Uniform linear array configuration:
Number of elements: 8
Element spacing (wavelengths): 0.75
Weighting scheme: hamming
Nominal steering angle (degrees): -15
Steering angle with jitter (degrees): -16.737
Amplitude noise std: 0.05
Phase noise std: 0.05

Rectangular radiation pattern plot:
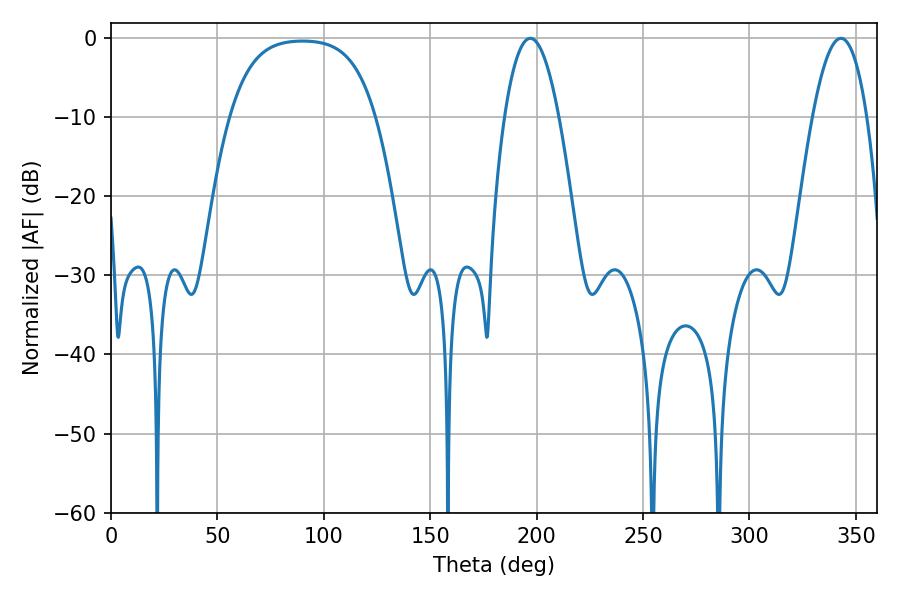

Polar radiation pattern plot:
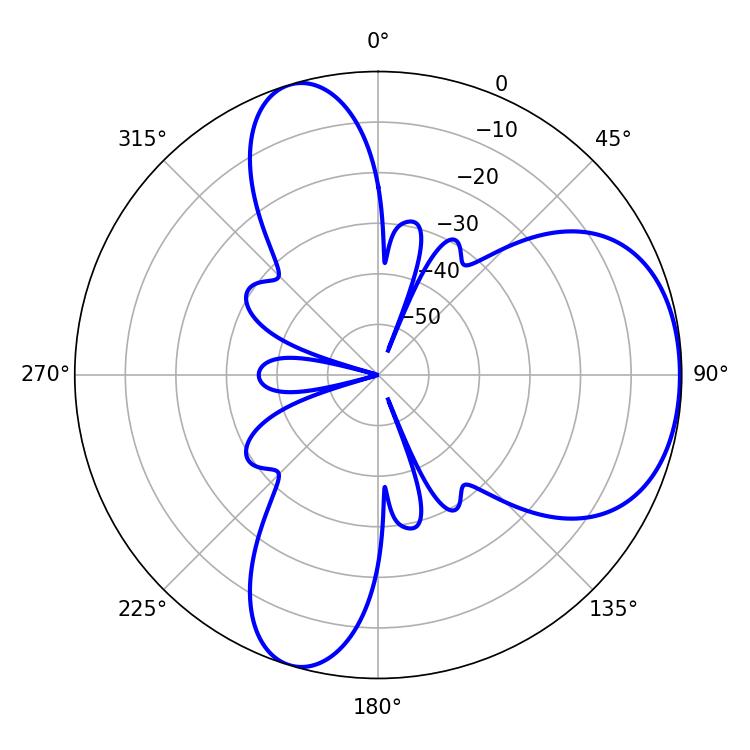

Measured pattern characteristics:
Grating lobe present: TRUE
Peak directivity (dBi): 5.435
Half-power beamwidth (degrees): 14.04
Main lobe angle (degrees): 197.1